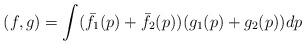
\begin{align*}(f,g)=\int (\bar f_1(p)+\bar f_2(p))(g_1(p)+g_2(p))dp\end{align*}